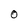
Character: 0